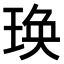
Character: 𤥺